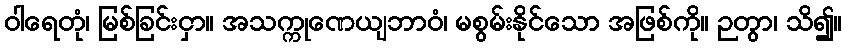
ဝါရေတုံ၊ မြစ်ခြင်းငှာ။ အသက္ကုဏေယျဘာဝံ၊ မစွမ်းနိုင်သော အဖြစ်ကို။ ဉတွာ၊ သိ၍။